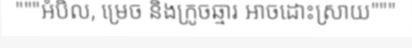
"""អំបិល, ម្រេច និងក្រូចឆ្មារ អាចដោះស្រាយ"""